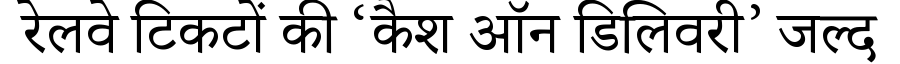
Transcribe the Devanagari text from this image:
रेलवे टिकटों की ‘कैश ऑन डिलिवरी’ जल्द